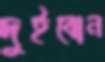
দুইবোন